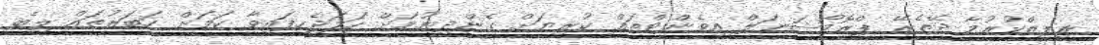
ރިލީޒްކުރުމާ ދޭތެރޭ ޕްރޮމޯޝަނަލް އިވެންޓްތައް ކުރިޔަށް ގެންދިޔުމަށް ހަމަޖެހިފައިވާ ކަމަށް ހަބަރުތައް ލިބެ